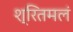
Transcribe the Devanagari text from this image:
श्रितमलं